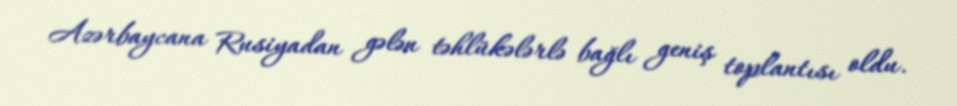
Azərbaycana Rusiyadan gələn təhlükələrlə bağlı geniş toplantısı oldu.